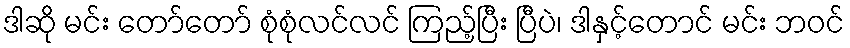
ဒါဆို မင်း တော်တော် စုံစုံလင်လင် ကြည့်ပြီး ပြီပဲ၊ ဒါနှင့်တောင် မင်း ဘဝင်